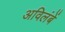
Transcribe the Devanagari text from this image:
अविलंबें